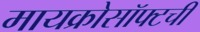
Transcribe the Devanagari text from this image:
मायक्रोसॉफ्टची